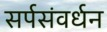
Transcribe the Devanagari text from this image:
सर्पसंवर्धन